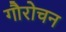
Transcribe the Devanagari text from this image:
गौरोचन